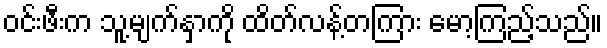
ဝင်းဖီးက သူ့မျက်နှာကို ထိတ်လန့်တကြား မော့ကြည့်သည်။